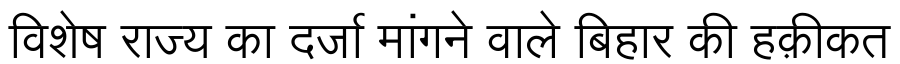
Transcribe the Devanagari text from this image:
विशेष राज्य का दर्जा मांगने वाले बिहार की हक़ीकत